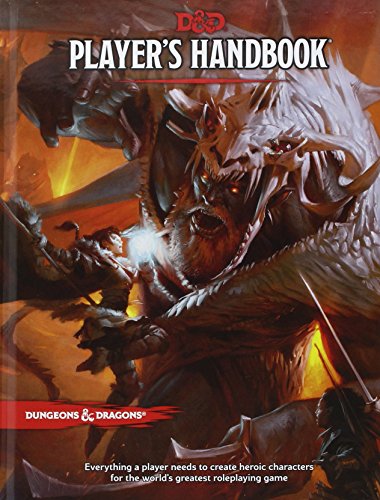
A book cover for Player's Handbook (Dungeons & Dragons); Wizards RPG Team; Science Fiction & Fantasy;